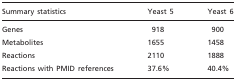
<table><thead><tr><td><b>Summary statistics</b></td><td><b>Yeast 5</b></td><td><b>Yeast 6</b></td></tr></thead><tbody><tr><td>Genes</td><td>918</td><td>900</td></tr><tr><td>Metabolites</td><td>1655</td><td>1458</td></tr><tr><td>Reactions</td><td>2110</td><td>1888</td></tr><tr><td>Reactions with PMID references</td><td>37.6%</td><td>40.4%</td></tr></tbody></table>